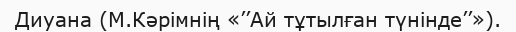
Диуана (М.Кәрімнің «’’Ай тұтылған түнінде’’»).